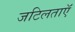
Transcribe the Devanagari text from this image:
जटिलताऍं